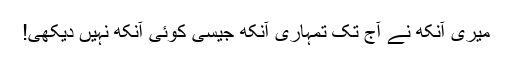
میری آنکھ نے آج تک تمہاری آنکھ جیسی کوئی آنکھ نہیں دیکھی!